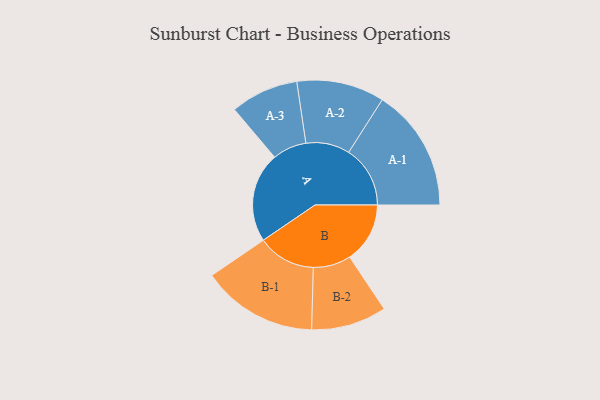
{"axis": {"x": "Segment", "y": "Value"}, "legend": ["", "A", "B"], "data": [{"x": "A", "y": 439, "type": ""}, {"x": "B", "y": 294, "type": ""}, {"x": "A-1", "y": 300, "type": "A"}, {"x": "A-2", "y": 214, "type": "A"}, {"x": "A-3", "y": 166, "type": "A"}, {"x": "B-1", "y": 283, "type": "B"}, {"x": "B-2", "y": 184, "type": "B"}]}